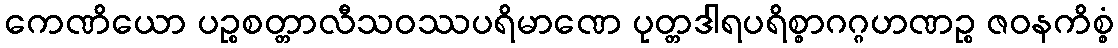
ကေဏိယော ပဉ္စစတ္တာလီသဝဿပရိမာဏေ ပုတ္တဒါရပရိစ္စာဂဂ္ဂဟဏဉ္စ ဇဝနကိစ္စံ